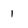
Character: I